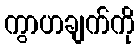
ကွာဟချက်ကို